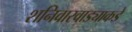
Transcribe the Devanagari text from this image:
शनिवारवाड्याकडे